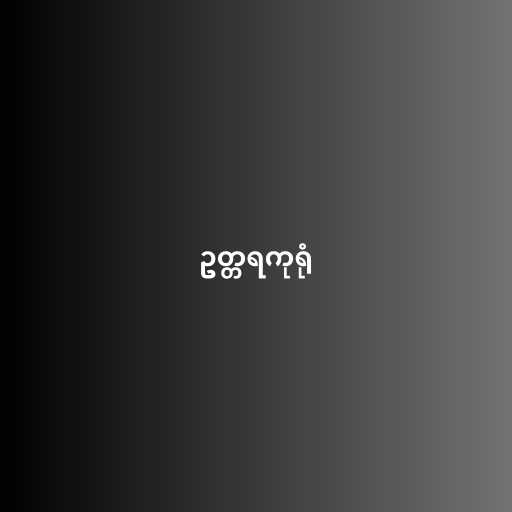
ဥတ္တရကုရုံ